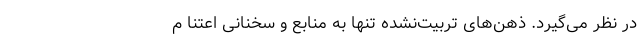
در نظر می‌گیرد. ذهن‌های تربیت‌نشده تنها به منابع و سخنانی اعتنا م